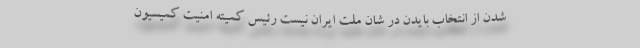
شدن از انتخاب بایدن در شان ملت ایران نیست رئیس کمیته امنیت کمیسیون